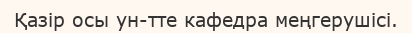
Қазір осы ун-тте кафедра меңгерушісі.